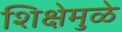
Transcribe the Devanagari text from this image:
शिक्षेमुळे